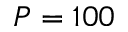
P = 1 0 0